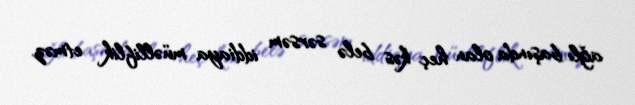
ağlı başında olan heç kəs belə sərsəm iddiaya müəlliflik etməz.